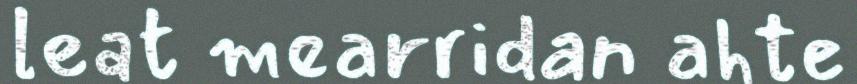
leat mearridan ahte